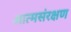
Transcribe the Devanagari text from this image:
आत्मसंरक्षण